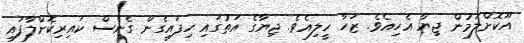
އޫކޮށްލަމުން ޖިޔާ އެހިއެވެ. ޒަހާ ހީލިއެވެ. ޖިޔާގެ އަތުގައި ހިފައިގެން ގެނެސް ކައިރިކޮށްލާފައި